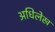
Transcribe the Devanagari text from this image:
अधिलेख